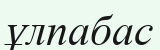
ұлпабас